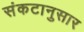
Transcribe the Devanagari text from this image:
संकटानुसार